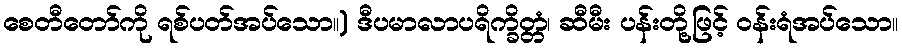
စေတီတော်ကို ရစ်ပတ်အပ်သော။) ဒီပမာလာပရိက္ခိတ္တံ၊ ဆီမီး ပန်းတို့ဖြင့် ဝန်းရံအပ်သော။